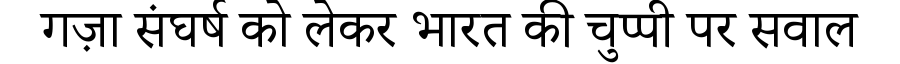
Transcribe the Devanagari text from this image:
गज़ा संघर्ष को लेकर भारत की चुप्पी पर सवाल